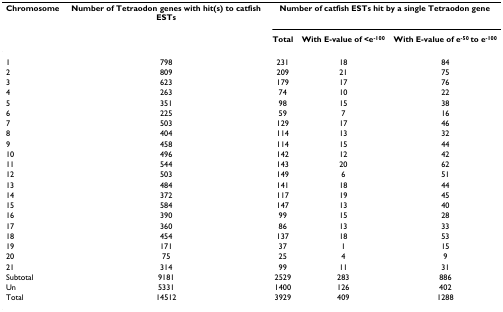
| Chromosome | Number of Tetraodon genes with hit(s) to catfish ESTs | <COLSPAN=3> Number of catfish ESTs hit by a single Tetraodon gene |
 |  |  | Total | With E-value of <e-100 | With E-value of e-50 to e-100 |
 | --- | --- | --- | --- | --- |
 | 1 | 798 | 231 | 18 | 84 |
 | 2 | 809 | 209 | 21 | 75 |
 | 3 | 623 | 179 | 17 | 76 |
 | 4 | 263 | 74 | 10 | 22 |
 | 5 | 351 | 98 | 15 | 38 |
 | 6 | 225 | 59 | 7 | 16 |
 | 7 | 503 | 129 | 17 | 46 |
 | 8 | 404 | 114 | 13 | 32 |
 | 9 | 458 | 114 | 15 | 44 |
 | 10 | 496 | 142 | 12 | 42 |
 | 11 | 544 | 143 | 20 | 62 |
 | 12 | 503 | 149 | 6 | 51 |
 | 13 | 484 | 141 | 18 | 44 |
 | 14 | 372 | 117 | 19 | 45 |
 | 15 | 584 | 147 | 13 | 40 |
 | 16 | 390 | 99 | 15 | 28 |
 | 17 | 360 | 86 | 13 | 33 |
 | 18 | 454 | 137 | 18 | 53 |
 | 19 | 171 | 37 | 1 | 15 |
 | 20 | 75 | 25 | 4 | 9 |
 | 21 | 314 | 99 | 11 | 31 |
 | Subtotal | 9181 | 2529 | 283 | 886 |
 | Un | 5331 | 1400 | 126 | 402 |
 | Total | 14512 | 3929 | 409 | 1288 |